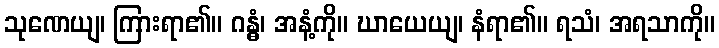
သုဏေယျ၊ ကြားရာ၏။ ဂန္ဓံ၊ အနံ့ကို။ ဃာယေယျ၊ နံရာ၏။ ရသံ၊ အရသာကို။